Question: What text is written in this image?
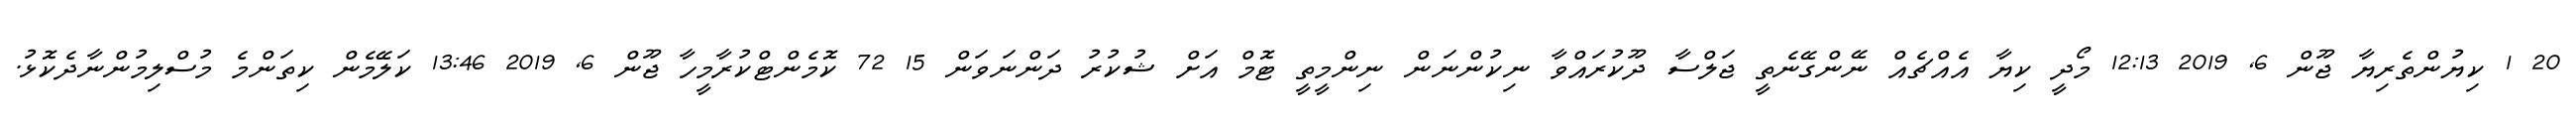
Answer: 20 1 ކިޔުންތެރިޔާ ޖޫން 6, 2019 12:13 މޯދީ ކިޔާ އެއްޗެއް ނޭންގޭނެތީ ޖަލްސާ ދޫކުރައްވާ ނިކުންނަން ނިންމީތީ ޓޮމް އަށް ޝުކުރު ދަންނަވަން 15 72 ކޮމެންޓްކުރާމީހާ ޖޫން 6, 2019 13:46 ކަލޭމެން ކިތަންމެ މުސްލިމުންނާދެކޮޅު.